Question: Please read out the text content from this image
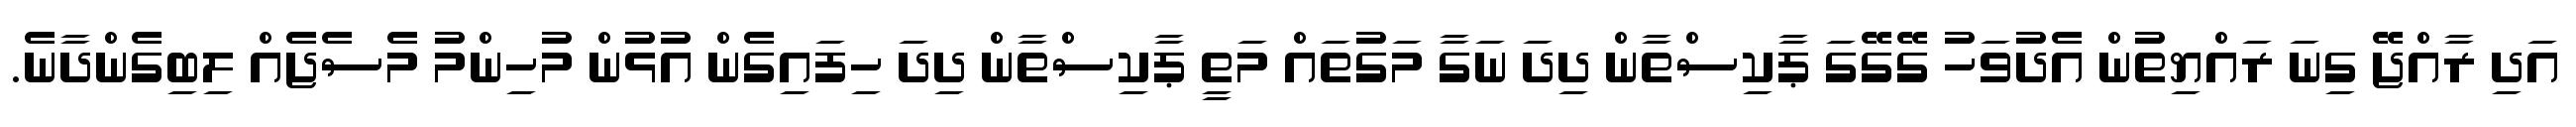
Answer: އަދި ރާއްޖޭ ގިނަ ރައްޔިތުން އެދުވަހު ގޭގޭގަ ޕާކިސްތާން ދިދަ ނަގާ މަގުތައް މަތީ ޕާކިސްތާން ދިދަ ހިފައިގެން އުޅުން މުހިންމު މެސެޖެއް ލިބިގެންދާނެ.